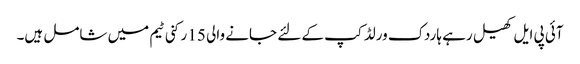
آئی پی ایل کھیل رہے ہاردک ورلڈ کپ کے لئے جانے والی 15 رکنی ٹیم میں شامل ہیں۔